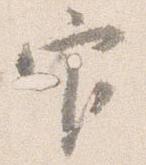
官